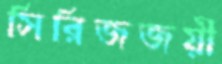
সিরিজজয়ী